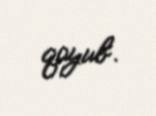
qoyub.